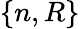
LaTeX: \{ n,R\}